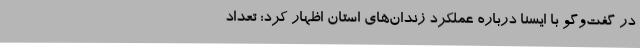
در گفت‌وگو با ایسنا درباره عملکرد زندان‌های استان اظهار کرد: تعداد